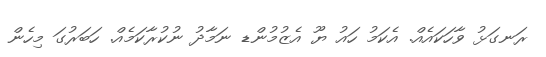
ރަނގަޅު ވާހަކައެއް. އެކަމު ހައު ޔޫ އެޒުމުންޑ ނަމާދު ނުކުރާކަމެއް. ހަބަރުގަ މިހެން